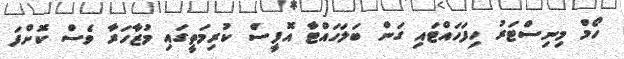
ހޯމް މިނިސްޓަރު ހިފަހައްޓައި ގަން ބަލަހައްޓާ އޮފީސް ކުރިމަތީގައި މުޒާހަރާ ވެސް ކޮށްފަ